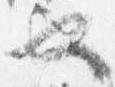
也